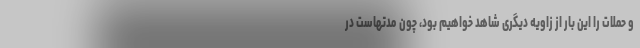
و حملات را این بار از زاویه دیگری شاهد خواهیم بود، چون مدتهاست در